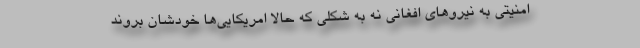
امنیتی به نیروهای افغانی نه به شکلی که حالا امریکایی‌ها خودشان بروند